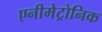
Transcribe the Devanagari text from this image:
एनीमेट्रोनिक